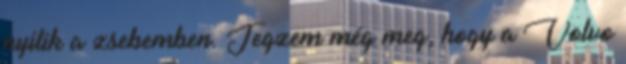
nyílik a zsebemben. Jegzem még meg, hogy a Volvo